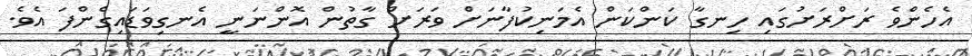
އެހެންވެ ރަށްރަށުގައި ހިނގާ ކަންކަން އެމަނިކުފާނަށް ވަރަށް ގާތުން އޮންނަނީ އެނގިވަޑައިގެންފަ އެވެ.